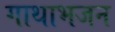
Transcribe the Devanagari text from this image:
गाथाभजन